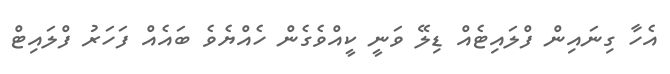
އެހާ ގިނައިން ފްލައިޓެއް ޑިލޭ ވަނީ ކީއްވެގެން ހެއްޔެވެ ބައެއް ފަހަރު ފްލައިޓް